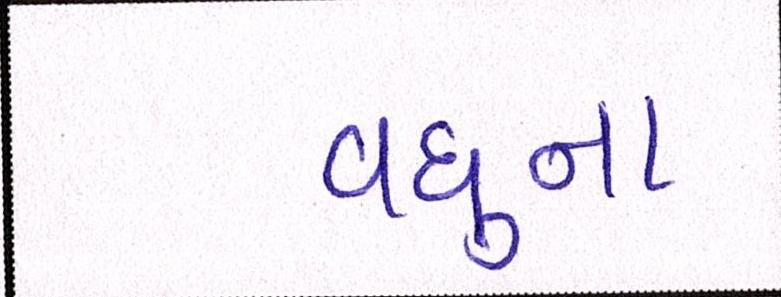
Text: વધુના